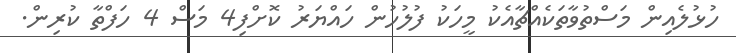
ހުޅުލެއިން މަސްތުވާތަކެއްޗާއެކު މީހަކު ފުލުހުން ހައްޔަރު ކޮށްފި4 މަސް 4 ހަފްތާ ކުރިން.